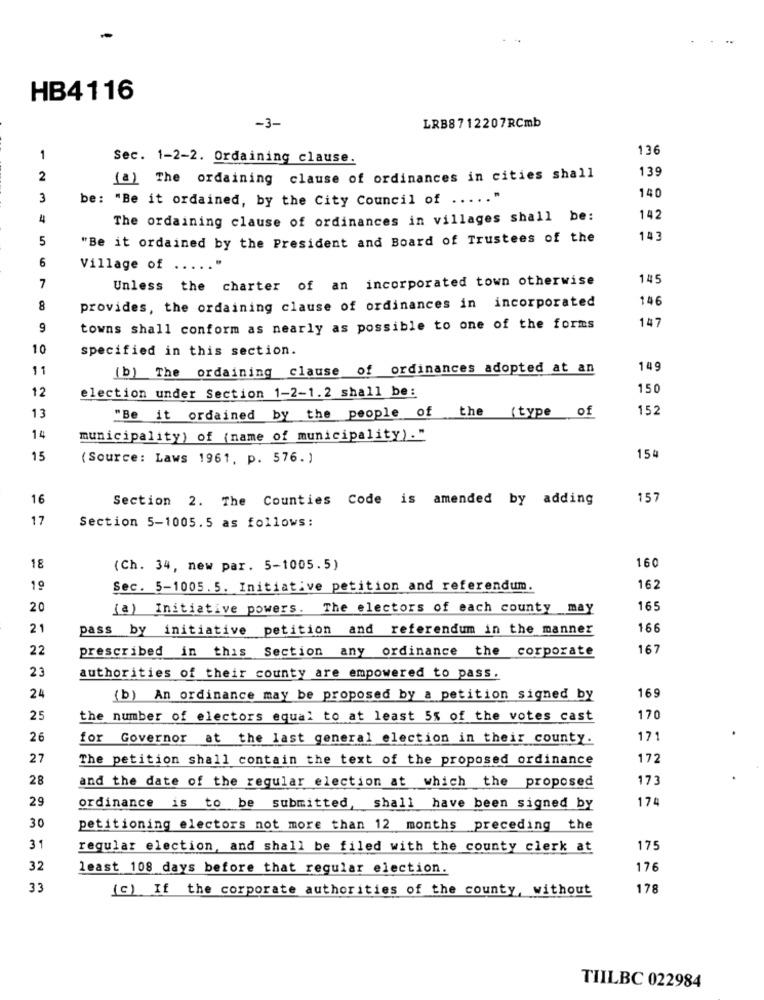
HB4116
-3-
LRB8712207RCmb
136
1
Sec. 1-2-2. Ordaining clause.
139
2
(a) The ordaining clause of ordinances in cities shall
14
3
be: "Be it ordained, by the City Council of ...
4
The ordaining clause of ordinances in villages shall be:
142
5
"Be it ordained by the President and Board of Trustees of the
143
6
Village of ....
7
Unless the charter of an incorporated town otherwise
145
146
8
provides, the ordaining clause of ordinances in incorporated
147
9
towns shall conform as nearly as possible to one of the forms
10
specified in this section.
11
(b) The ordaining clause of ordinances adopted at an
149
12
election under Section 1-2-1.2 shall be:
150
"Be it ordained by the people of the (type of
152
13
14
municipality) of (name of municipality) ."
15
(Source: Laws 1961, p. 576.)
154
16
Section 2. The Counties Code is amended by adding
157
17
Section 5-1005.5 as follows:
160
18
(Ch. 34, new par. 5-1005.5)
19
Sec. 5-1005.5. Initiative petition and referendum.
162
20
(a) Initiative powers. The electors of each county may
16
21
pass by initiative petition and
referendum in the manner
166
22
prescribed in this Section any ordinance the corporate
167
23
authorities of their county are empowered to pass.
169
24
(b) An ordinance may be proposed by a petition signed by
25
the number of electors equal to at least 5% of the votes cast
170
26
for Governor at the last general election in their county.
17
27
The petition shall contain the text of the proposed ordinance
172
28
and the date of the regular election at which the proposed
173
29
17
ordinance is to be submitted, shall have been signed by
30
petitioning electors not more than 12 months preceding the
31
regular election, and shall be filed with the county clerk at
175
32
least 108 days before that regular election.
176
33
(c) If the corporate authorities of the county, without
178
TIILBC 022984